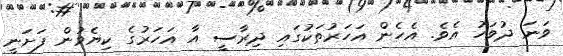
ވަނަ ދުވަހު އެވެ. އެހެން އަހަރުތަކުގައި ދިރާސީ އާ އަހަރުގެ ކިޔެވުން ފަށަނީ